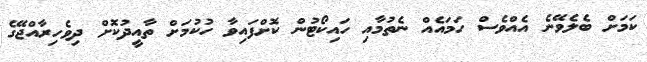
ކަމަށް ބެލެވޭނެ އެއްވެސް ހަމައެއް ނެތުމާއި ހައިކޯޓުން ކޮށްފައިވާ ހުކުމަށް ތާއީދުކޮށް ދިވެހިރާއްޖޭގެ